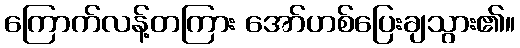
ကြောက်လန့်တကြား အော်ဟစ်ပြေးချသွား၏။